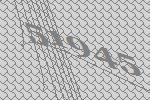
51945